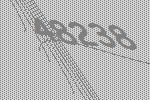
48238